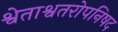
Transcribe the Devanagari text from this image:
श्वेताश्वतरोपनिषद